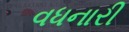
વધનારી